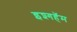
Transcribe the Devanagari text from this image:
इश्गहॅम